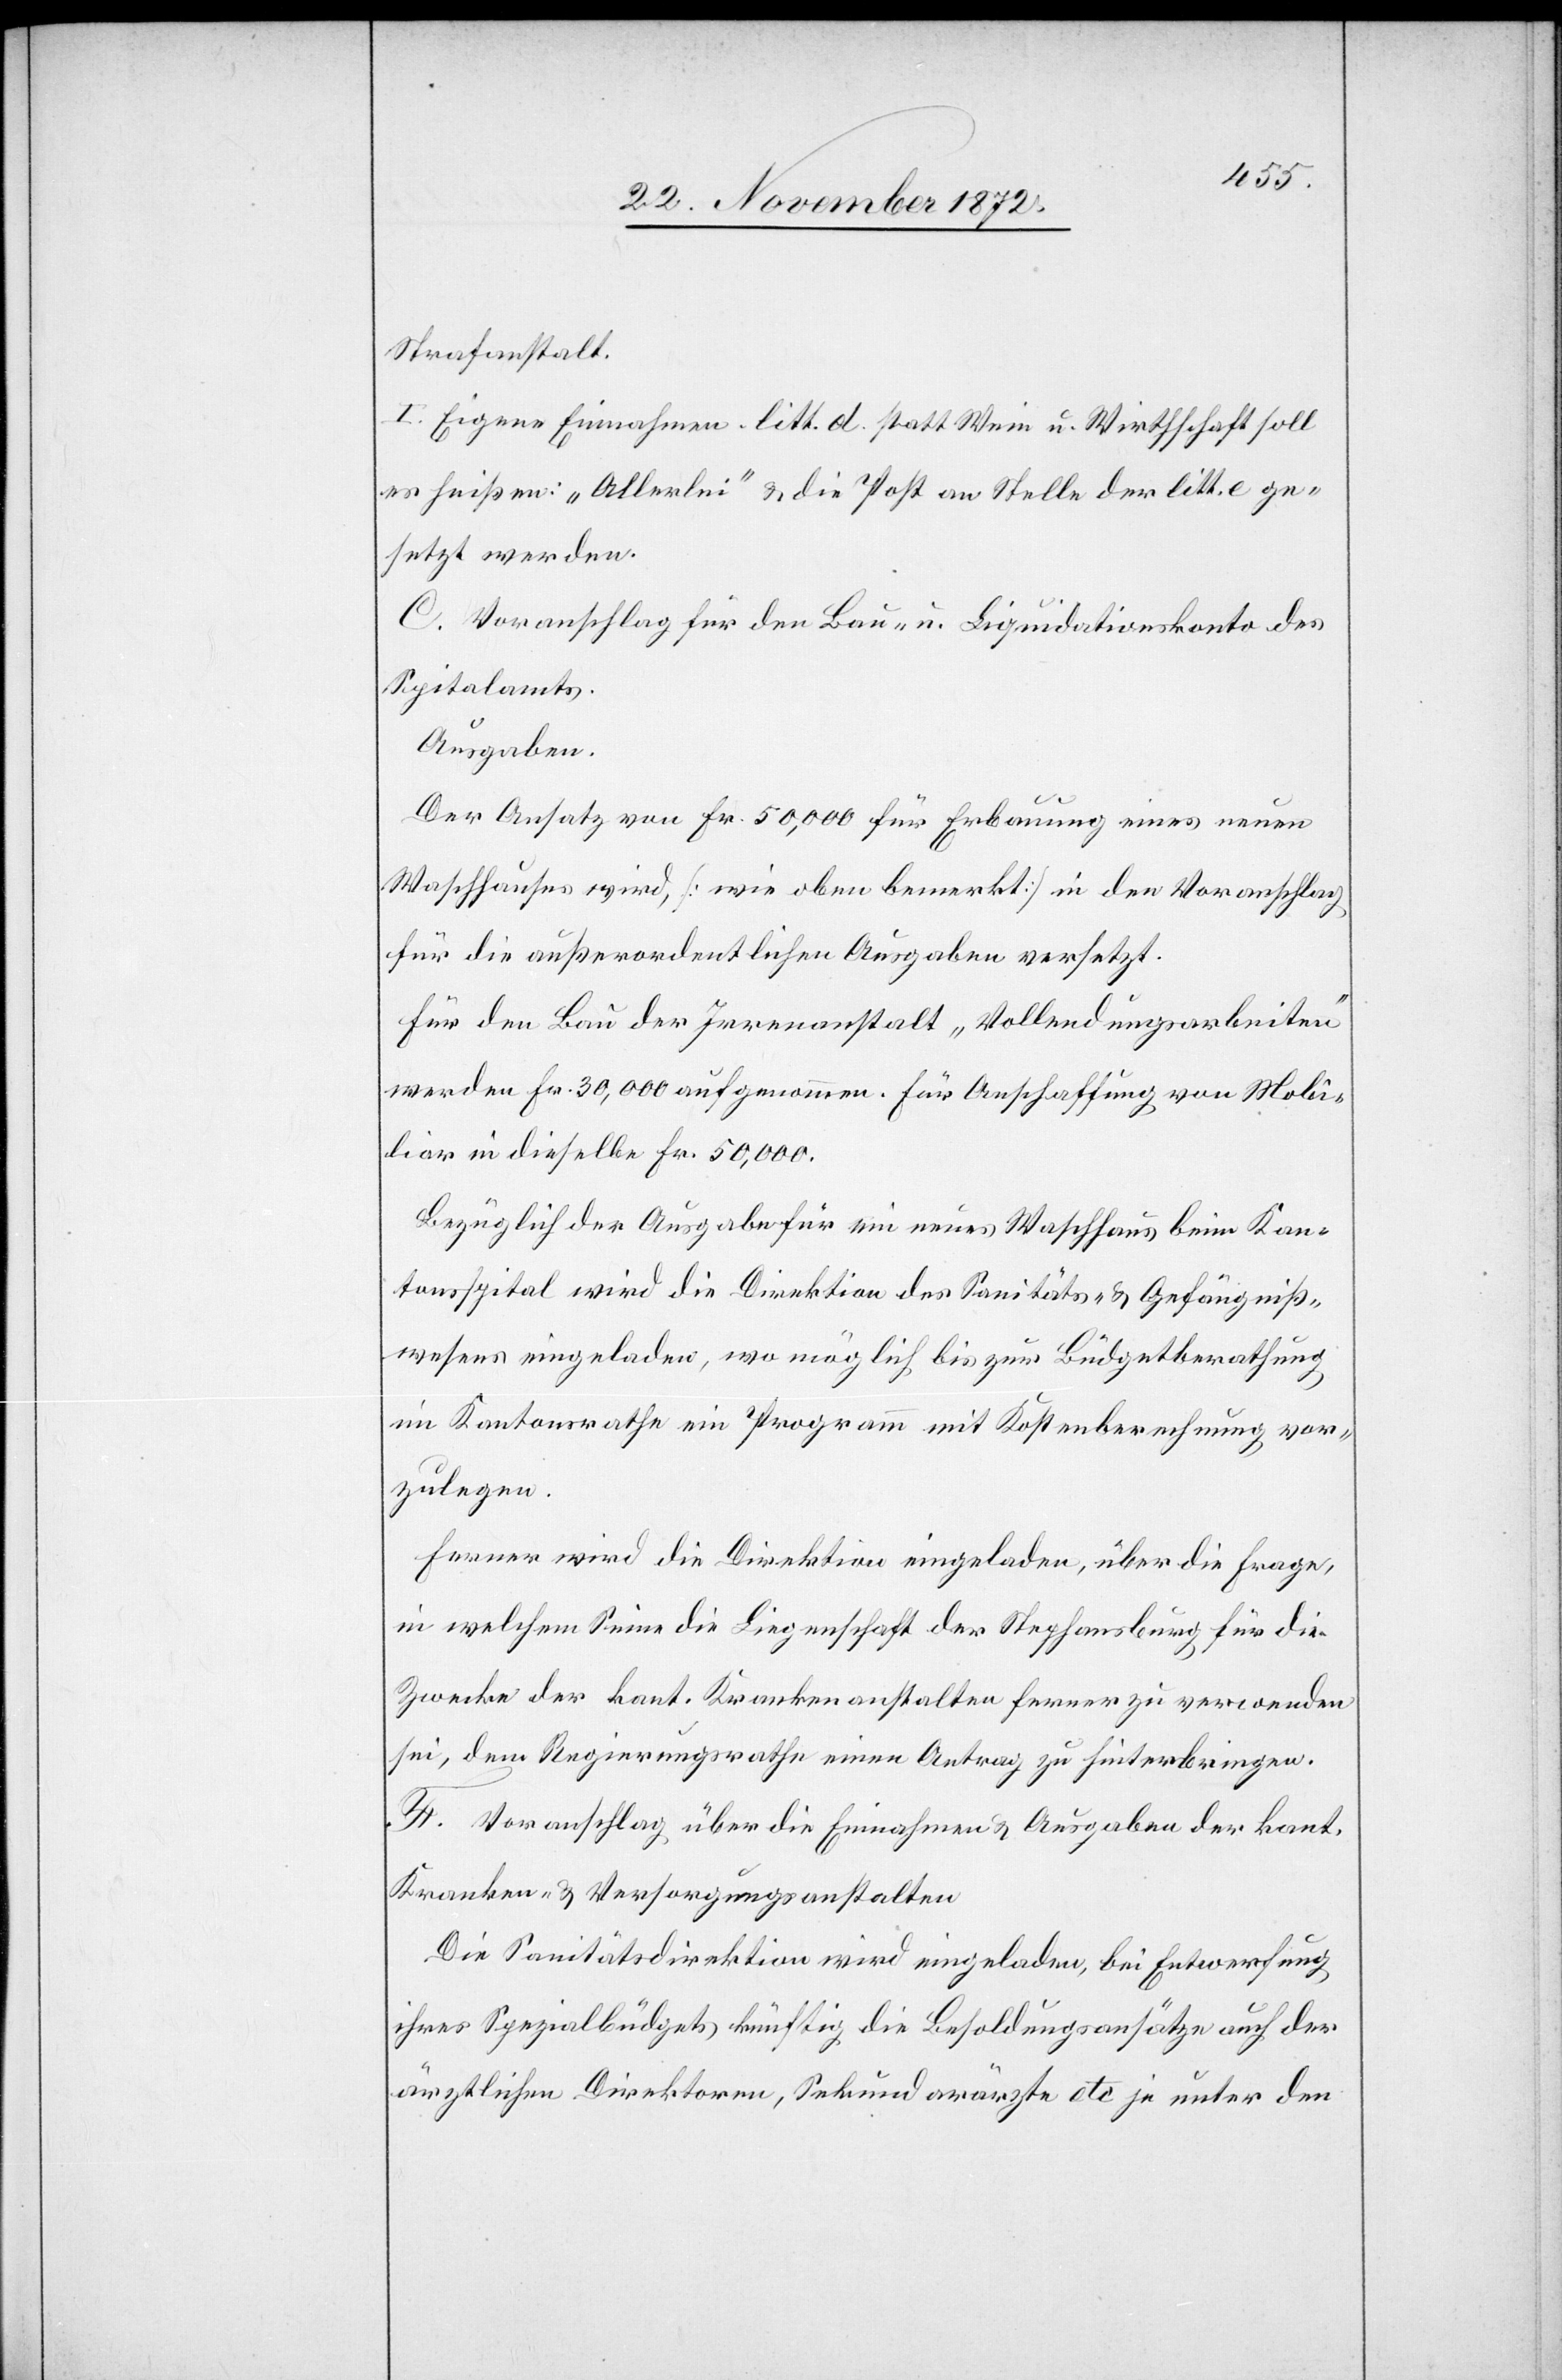
Strafanstalt.
I. Eigene Einnahmen. litt. d. statt Wein u. Wirthschaft soll
es heißen: „Allerlei“ u. die Post an Stelle der litt. e ge¬
setzt werden.
C. Voranschlag für den Bau- u. Liquidationskonto des
Spitalamts.
Ausgaben.
Der Ansatz von Fr. 50,000 für Erbauung eines neuen
Waschhauses wird, [wie oben bemerkt] in den Voranschlag
für die außerordentlichen Ausgaben versetzt.
Für den Bau der Irrenanstalt „Vollendungsarbeiten“
werden Fr. 30,000 aufgenommen. Für Anschaffung von Mobi¬
liar in dieselbe Fr. 50,000.
Bezüglich der Ausgabe für ein neues Waschhaus beim Kan¬
tonsspital wird die Direktion des Sanitäts- u. Gefängniß¬
wesens eingeladen, wo möglich bis zur Büdgetberathung
im Kantonsrathe ein Programm mit Kostenberechnung vor¬
zulegen.
Ferner wird die Direktion eingeladen, über die Frage,
in welchem Sinne die Liegenschaft der Stephansburg für die
Zwecke der kant. Krankenanstalten ferner zu verwenden
sei, dem Regierungsrathe einen Antrag zu hinterbringen.
F. Voranschlag über die Einnahmen u. Ausgaben der kant.
Kranken- u. Versorgungsanstalten
Die Sanitätsdirektion wird eingeladen, bei Entwerfung
ihres Spezialbüdgets künftig die Besoldungsansätze auch der
ärztlichen Direktoren, Sekundarärzte etc je unter den